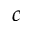
c